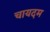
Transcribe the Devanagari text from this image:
चायदम